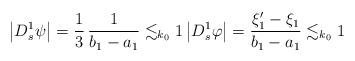
LaTeX: \begin{align*}\left| D^{1}_s \psi \right|= \dfrac{1}{3} \, \dfrac{1}{b_1-a_1}\lesssim_{k_0} 1\left| D^{1}_s \varphi \right|= \dfrac{\xi_1' - \xi_1}{b_1-a_1}\lesssim_{k_0} 1\end{align*}